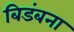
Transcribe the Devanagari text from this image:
बिडंबना